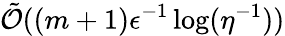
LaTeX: \tilde{\mathcal{O}}((m+1)\epsilon^{-1}\log(\eta^{-1}))